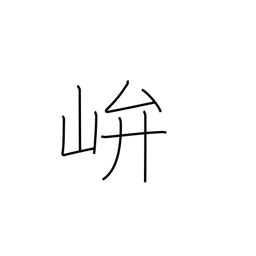
Meaning: shrine in the mountains